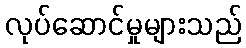
လုပ်ဆောင်မှုများသည်